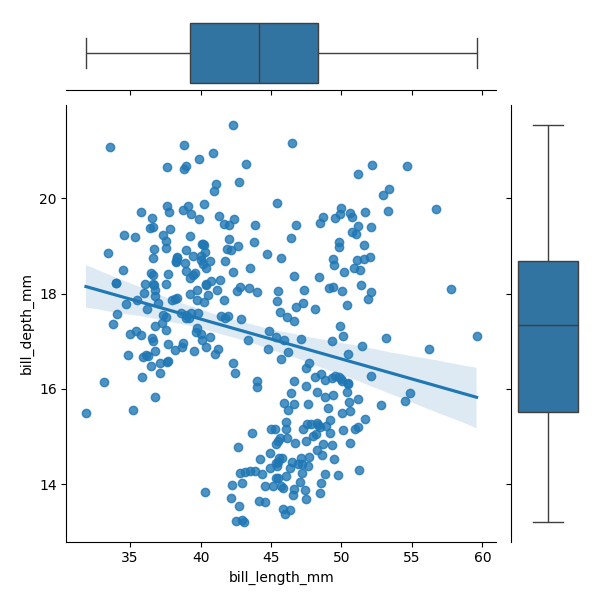
python, seaborn, JointGrid, regplot, boxplot